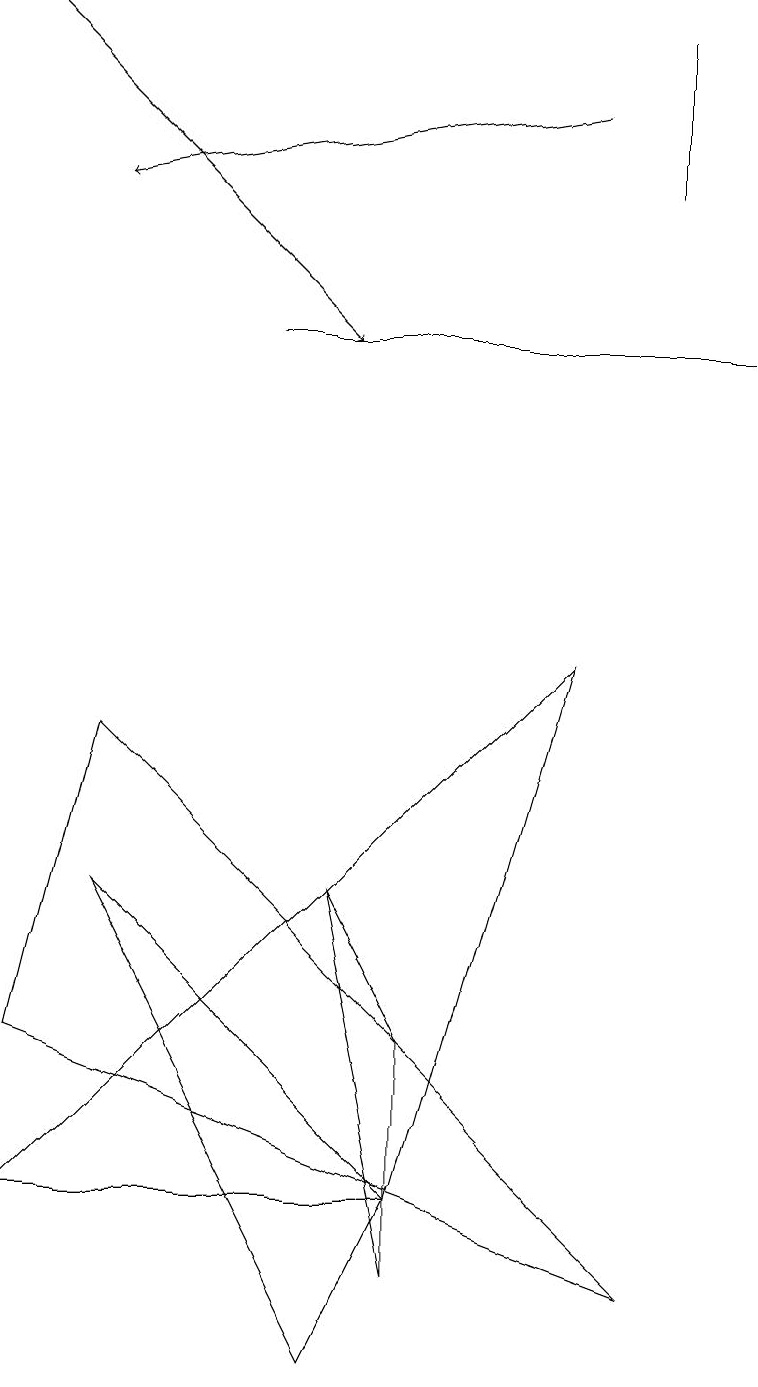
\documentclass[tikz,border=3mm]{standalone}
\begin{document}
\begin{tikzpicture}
\draw (9,13) rectangle (3,13);
\draw (8,15) rectangle (8,17);
\draw (5,4) -- (4,6) -- (5,1) -- cycle;
\draw (1,6) -- (5,2) -- (4,0) -- cycle;
\draw (5,2) -- (7,9) -- (0,2) -- cycle;
\draw[->] (7,16) -- (1,15);
\draw (1,8) -- (8,1) -- (0,4) -- cycle;
\draw[->] (0,17) -- (4,13);
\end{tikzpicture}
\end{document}